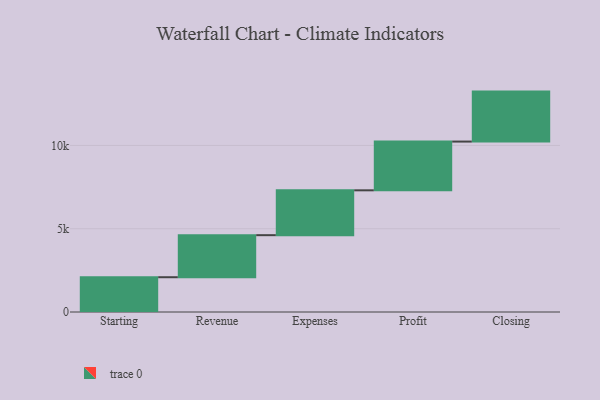
{"axis": {"x": "Step", "y": "Value"}, "legend": [""], "data": [{"x": "Starting", "y": 2088.0, "type": ""}, {"x": "Revenue", "y": 2525.0, "type": ""}, {"x": "Expenses", "y": 2693.0, "type": ""}, {"x": "Profit", "y": 2927.0, "type": ""}, {"x": "Closing", "y": 3000, "type": ""}]}